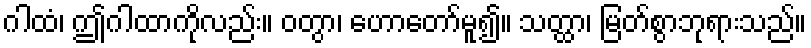
ဂါထံ၊ ဤဂါထာကိုလည်း။ ဝတွာ၊ ဟောတော်မူ၍။ သတ္ထာ၊ မြတ်စွာဘုရားသည်။